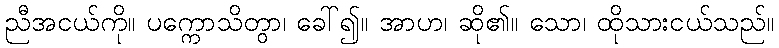
ညီအငယ်ကို။ ပက္ကောသိတွာ၊ ခေါ်၍။ အာဟ၊ ဆို၏။ သော၊ ထိုသားငယ်သည်။